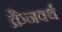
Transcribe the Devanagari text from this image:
क्रैनवर्थ